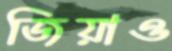
জিয়াও